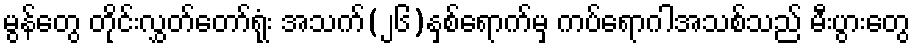
မွန်တွေ တိုင်းလွှတ်တော်ရုံး အသက်(၂၆)နှစ်ရောက်မှ ကပ်ရောဂါအသစ်သည် မီးပွားတွေ